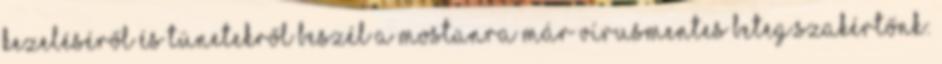
kezeléséről és tünetekről beszél a mostanra már vírusmentes beteg.Szakértőnk: